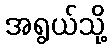
အရွယ်သို့